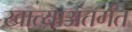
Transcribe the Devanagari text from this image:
खात्याअंतर्गत